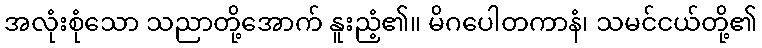
အလုံးစုံသော သညာတို့အောက် နူးညံ့၏။ မိဂပေါတကာနံ၊ သမင်ငယ်တို့၏